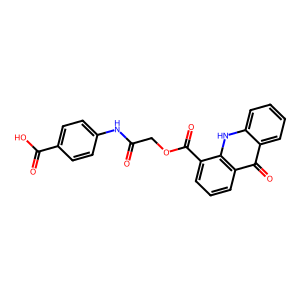
SMILES: O=C(COC(=O)c1cccc2c(=O)c3ccccc3[nH]c12)Nc1ccc(C(=O)O)cc1
Inhibits HIV replication: No